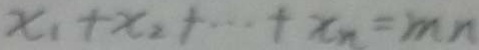
x _ { 1 } + x _ { 2 } + \cdots + x _ { n } = m n